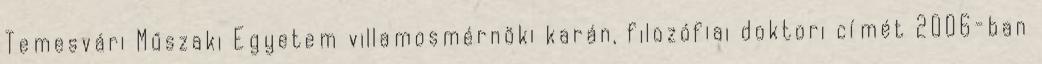
Temesvári Műszaki Egyetem villamosmérnöki karán, filozófiai doktori címét 2006-ban